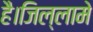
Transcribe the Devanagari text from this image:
है।जिल्लामे